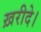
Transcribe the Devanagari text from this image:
ख़रीदे।